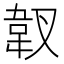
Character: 𱁿